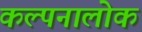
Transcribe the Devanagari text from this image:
कल्पनालोक